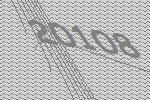
20108